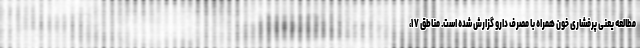
مطالعه یعنی پرفشاری خون همراه با مصرف دارو گزارش شده است. مناطق ۱۷،